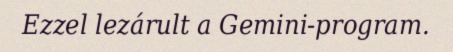
Ezzel lezárult a Gemini-program.